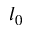
l _ { 0 }